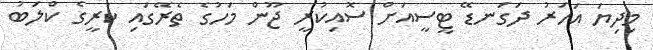
މިދިޔަ އަހަރު ދަގަނޑޭ ޓީސީއަށް ސޮއިކުރީ ޖޫން މަހުގެ ތެރޭގައި ކުރީގެ ކްލަބު